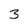
Character: 3